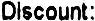
DISCOUNT: